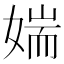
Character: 媏